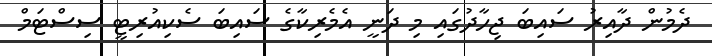
ދެމުން ދާއިރު ސައިބަ ޖިހާދުގައި މި ދަނީ އެމެރިކާގެ ސައިބަ ސެކިއުރިޓީ ސިސްޓަމް